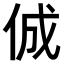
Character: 𠉛